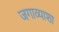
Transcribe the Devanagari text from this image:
जगाव्याशा